Vaccination report Assam 1896-1927 - 1896-1927
Year: 1896
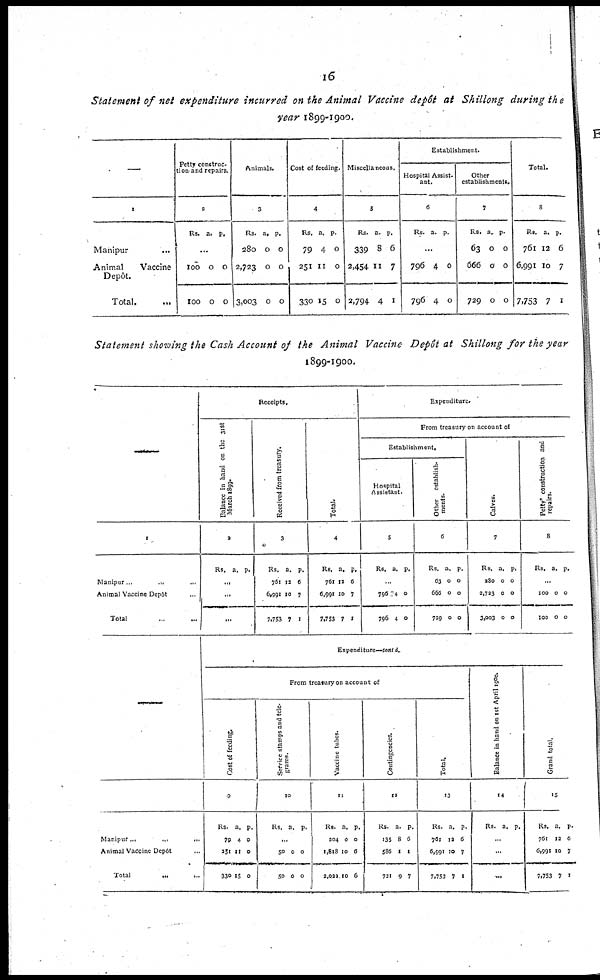
16
Statement of net expenditure incurred on the Animal Vaccine depôt at Shillong during the
year 1899-1900.
—
1
Manipur ...
Animal
Vaccine
Depôt.
Total.
...
Petty construc¬
tion and repairs.
2
Rs. a. p.
...
100
100
0
0
0
0
Animals.
3
Rs.
280
2,723
3,003
a.
0
0
0
p.
0
0
0
Cost of feeding.
4
Rs.
79
251
330
a.
4
11
15
p.
0
0
0
Miscellaneous.
5
Rs.
339
2,454
2,794
a.
8
11
4
p.
6
7
1
Establishment.
Hospital Assist-
ant.
6
Rs. a. p.
...
796
796
4
4
0
0
Other
establishments.
7
Rs.
63
666
729
a.
0
0
0
p.
0
0
0
Total.
8
Rs.
761
6,991
7,753
a.
12
10
7
p.
6
7
1
Statement showing the Cash Account of the Animal Vaccine Depôt at Shillong for the year
1899-1900.
1
Manipur ... ... ...
Animal Vaccine Dcpôt ...
Total ... ...
—
Manipur...
...
...
Animal Vaccine Dcpôt ...
Total
...
...
Receipts.
Balance in hand on the 31st
March 1899.
2
Rs. a. p.
...
...
...
Received from treasury.
3
Rs.
761
6,091
7,753
a.
12
10
7
p.
6
7
1
Total.
4
Rs.
761
6,991
7,753
a.
12
10
7
p.
6
7
1
Expenditure.
From treasury on account of
Establishment.
Hospital
Assistant.
5
Rs. a. p.
...
796
796
74
4
0
0
Other establish-
ments.
6
Rs.
63
666
729
a.
0
0
0
p.
0
0
0
Calves.
7
Rs.
280
2,733
3,003
a.
0
0
0
p.
0
0
0
Petty construction and
repairs.
8
Rs. a. p.
...
100
100
0
0
0
0
Expenditure—contd.
From treasury on account of
Cost of feeding.
9
Rs.
79
251
330
a.
4
11
15
p.
0
0
0
Service stamps and tele-
grams.
10
Rs. a. p.
...
50
50
0
0
0
0
Vaccine tubes.
11
Rs.
204
1,818
2,022
a
0
10
10
p.
0
6
6
Contingencies.
12
Rs.
135
586
721
a.
8
1
9
p.
6
1
7
Total.
13
Rs.
761
6,991
7,753
a.
12
10
7
p.
6
7
1
Balance in hand on 1st April 1900.
14
Rs. a. p.
...
...
...
Grand total.
15
Rs.
761
6,091
7,753
a.
12
10
7
p.
6
7
1